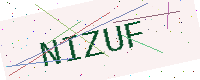
Text: NIZUF